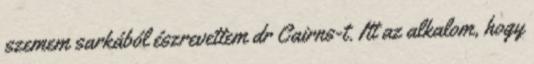
szemem sarkából észrevettem dr Cairns-t. Itt az alkalom, hogy